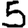
Digit: 5